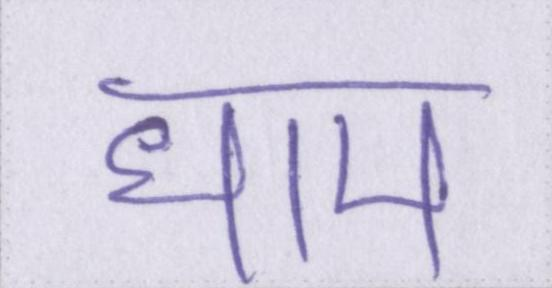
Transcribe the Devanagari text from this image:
धाम